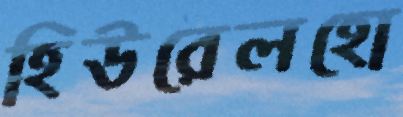
হিউরেলহো